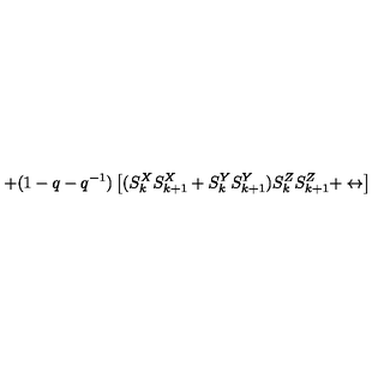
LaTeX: + ( 1 - q - q ^ { - 1 } ) \left[ ( S _ { k } ^ { X } S _ { k + 1 } ^ { X } + S _ { k } ^ { Y } S _ { k + 1 } ^ { Y } ) S _ { k } ^ { Z } S _ { k + 1 } ^ { Z } + \leftrightarrow \right]